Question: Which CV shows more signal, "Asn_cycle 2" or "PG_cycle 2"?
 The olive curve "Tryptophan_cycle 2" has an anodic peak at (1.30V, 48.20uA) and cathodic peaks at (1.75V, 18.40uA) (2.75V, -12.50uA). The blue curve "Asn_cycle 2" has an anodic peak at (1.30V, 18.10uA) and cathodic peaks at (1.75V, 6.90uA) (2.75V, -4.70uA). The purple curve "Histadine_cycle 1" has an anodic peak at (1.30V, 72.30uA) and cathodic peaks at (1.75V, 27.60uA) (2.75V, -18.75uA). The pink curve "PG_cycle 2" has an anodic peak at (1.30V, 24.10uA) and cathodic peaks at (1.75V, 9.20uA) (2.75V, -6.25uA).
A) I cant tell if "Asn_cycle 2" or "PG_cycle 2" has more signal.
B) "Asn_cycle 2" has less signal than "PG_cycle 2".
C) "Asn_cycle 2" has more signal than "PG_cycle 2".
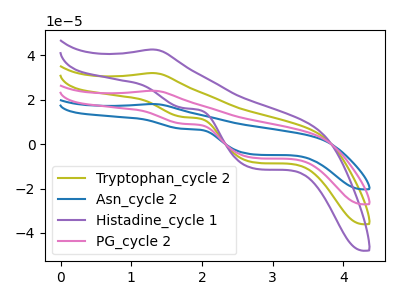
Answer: <think>All the peaks in "Asn_cycle 2" have a peak in "PG_cycle 2" at the same potential.
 </think>
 <answer>A) I cant tell if "Asn_cycle 2" or "PG_cycle 2" has more signal.</answer>
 <eval>A</eval>